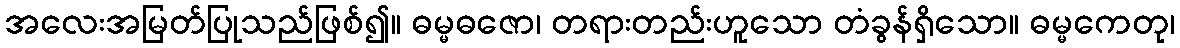
အလေးအမြတ်ပြုသည်ဖြစ်၍။ ဓမ္မဓဇော၊ တရားတည်းဟူသော တံခွန်ရှိသော။ ဓမ္မကေတု၊